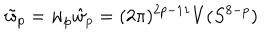
\tilde { w } _ { p } = w _ { p } \hat { w } _ { p } = ( 2 \pi ) ^ { 2 p - 1 1 } V ( S ^ { 8 - p } )